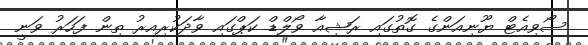
ސޯވިއެޓް ޔޫނިއަންގެ ގޮތުގައި ރަޝިއާ ވޯލްޑް ކަޕްގައި ވާދަކުރިއިރު ތިން ފަހަރު ވަނީ